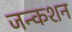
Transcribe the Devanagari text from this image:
जन्कशन